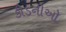
કીડનીઓ